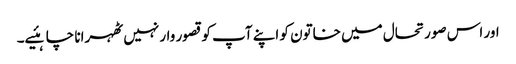
اور اس صورتحال میں خاتون کو اپنے آپ کو قصور وار نہیں ٹھہرانا چاہئیے۔